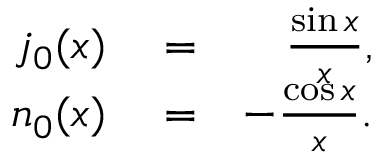
\begin{array} { r l r } { j _ { 0 } ( x ) } & { { } = } & { \frac { \sin x } { x } , } \\ { n _ { 0 } ( x ) } & { { } = } & { - \frac { \cos x } { x } . } \end{array}